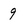
Character: 9